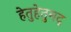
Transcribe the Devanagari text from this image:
हेतुहेतुमद्